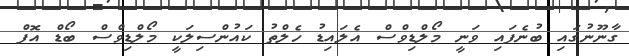
ގާނޫނުގައި ބުނެފައި ވަނީ މޯލްޑިވްސް އެލައިޑު ހެލްތު ކައުންސިލަކީ މޯލްޑިވްސް ބޯޑް އޮފް